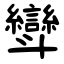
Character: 㪻